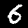
Label: 6